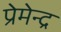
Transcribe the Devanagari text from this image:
प्रेमेन्द्र